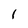
Character: 1